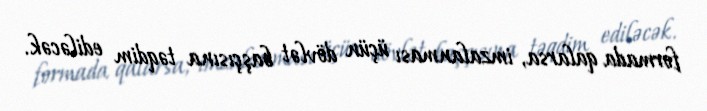
formada qalarsa, imzalanması üçün dövlət başçısına təqdim ediləcək.